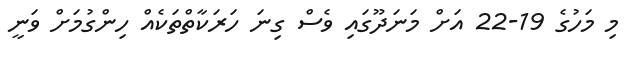
މި މަހުގެ 19-22 އަށް މަނަދޫގައި ވެސް ގިނަ ހަރަކާތްތަކެއް ހިންގުމަށް ވަނީ